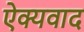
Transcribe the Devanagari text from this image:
ऐक्यवाद